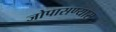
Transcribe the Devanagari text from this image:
जोपासण्यास